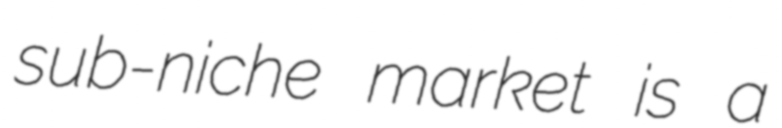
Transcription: sub-niche market is a